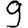
Digit: 9